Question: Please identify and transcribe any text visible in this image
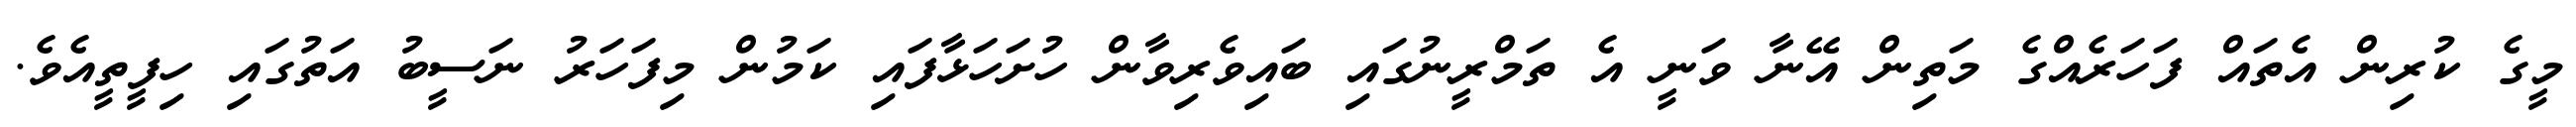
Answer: މީގެ ކުރިން އެތައް ފަހަރެއްގެ މަތިން އޭނާ ވަނީ އެ ތަމްރީނުގައި ބައިވެރިވާން ހުށަހަޅާފައި ކަމުން މިފަހަރު ނަސީބު އަތުގައި ހިފީތީއެވެ.